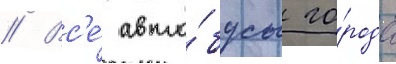
// Вс'е́ авто́бусы го́рода